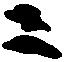
ニ